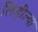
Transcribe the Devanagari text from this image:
लिहील्या